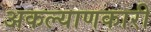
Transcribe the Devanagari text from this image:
अकल्याणकारी